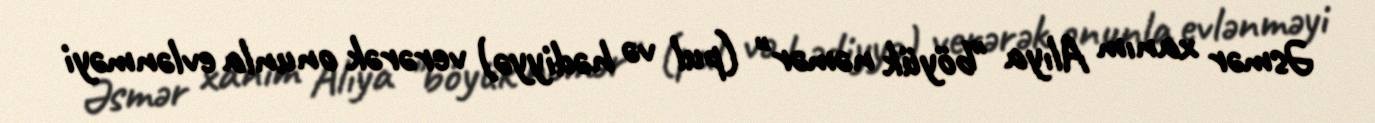
Əsmər xanım Alıya "böyük nəmər" (pul və hədiyyə) verərək onunla evlənməyi